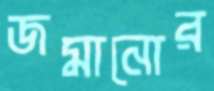
জমানোর